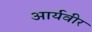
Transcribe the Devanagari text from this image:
आर्यवीर